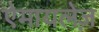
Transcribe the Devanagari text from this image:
ऐमायलेज़